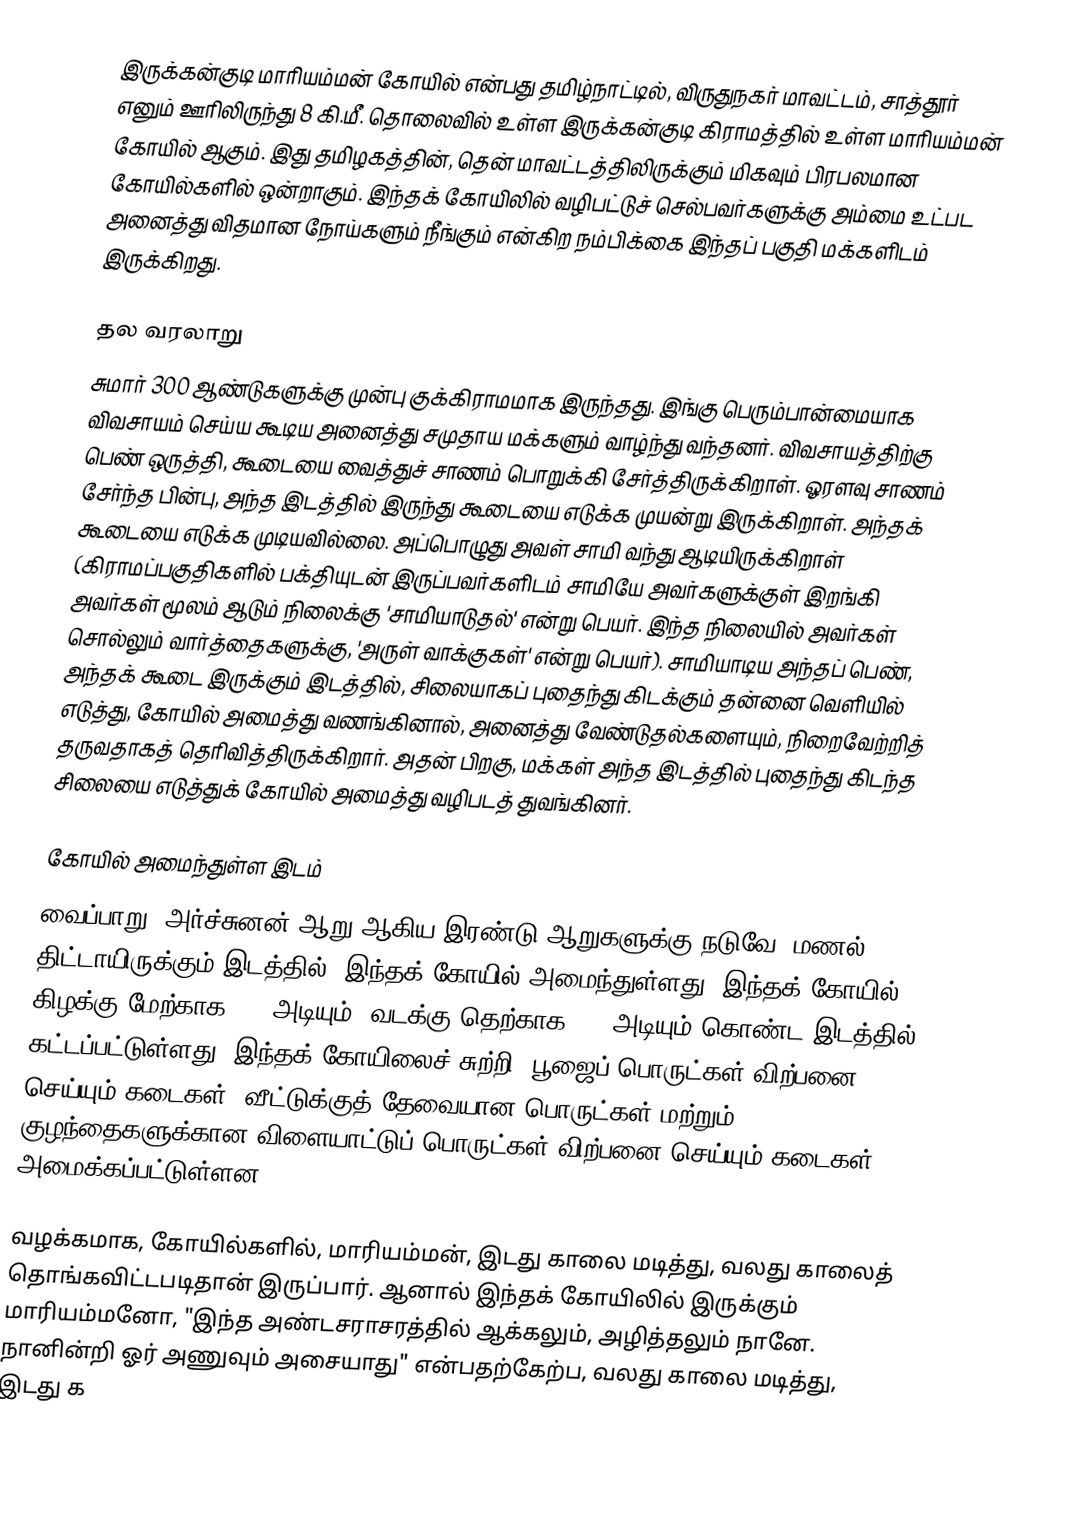
இருக்கன்குடி மாரியம்மன் கோயில் என்பது தமிழ்நாட்டில், விருதுநகர் மாவட்டம், சாத்தூர் எனும் ஊரிலிருந்து 8 கி.மீ. தொலைவில் உள்ள இருக்கன்குடி கிராமத்தில் உள்ள மாரியம்மன் கோயில் ஆகும். இது தமிழகத்தின், தென் மாவட்டத்திலிருக்கும் மிகவும் பிரபலமான கோயில்களில் ஒன்றாகும். இந்தக் கோயிலில் வழிபட்டுச் செல்பவர்களுக்கு அம்மை உட்பட அனைத்து விதமான நோய்களும் நீங்கும் என்கிற நம்பிக்கை இந்தப் பகுதி மக்களிடம் இருக்கிறது.

தல வரலாறு
சுமார் 300 ஆண்டுகளுக்கு முன்பு குக்கிராமமாக இருந்தது. இங்கு பெரும்பான்மையாக விவசாயம் செய்ய கூடிய அனைத்து சமுதாய மக்களும் வாழ்ந்து வந்தனர். விவசாயத்திற்கு பெண் ஒருத்தி, கூடையை வைத்துச் சாணம் பொறுக்கி சேர்த்திருக்கிறாள். ஓரளவு சாணம் சேர்ந்த பின்பு, அந்த இடத்தில் இருந்து கூடையை எடுக்க முயன்று இருக்கிறாள். அந்தக் கூடையை எடுக்க முடியவில்லை. அப்பொழுது அவள் சாமி வந்து ஆடியிருக்கிறாள் (கிராமப்பகுதிகளில் பக்தியுடன் இருப்பவர்களிடம் சாமியே அவர்களுக்குள் இறங்கி அவர்கள் மூலம் ஆடும் நிலைக்கு 'சாமியாடுதல்' என்று பெயர். இந்த நிலையில் அவர்கள் சொல்லும் வார்த்தைகளுக்கு, 'அருள் வாக்குகள்' என்று பெயர்). சாமியாடிய அந்தப் பெண், அந்தக் கூடை இருக்கும் இடத்தில், சிலையாகப் புதைந்து கிடக்கும் தன்னை வெளியில் எடுத்து, கோயில் அமைத்து வணங்கினால், அனைத்து வேண்டுதல்களையும், நிறைவேற்றித் தருவதாகத் தெரிவித்திருக்கிறார். அதன் பிறகு, மக்கள் அந்த இடத்தில் புதைந்து கிடந்த சிலையை எடுத்துக் கோயில் அமைத்து வழிபடத் துவங்கினர்.

கோயில் அமைந்துள்ள இடம்
வைப்பாறு, அர்ச்சுனன் ஆறு ஆகிய இரண்டு ஆறுகளுக்கு நடுவே, மணல் திட்டாயிருக்கும் இடத்தில், இந்தக் கோயில் அமைந்துள்ளது. இந்தக் கோயில் கிழக்கு மேற்காக 178 அடியும், வடக்கு தெற்காக 149 அடியும் கொண்ட இடத்தில் கட்டப்பட்டுள்ளது. இந்தக் கோயிலைச் சுற்றி, பூஜைப் பொருட்கள் விற்பனை செய்யும் கடைகள், வீட்டுக்குத் தேவையான பொருட்கள் மற்றும் குழந்தைகளுக்கான விளையாட்டுப் பொருட்கள் விற்பனை செய்யும் கடைகள் அமைக்கப்பட்டுள்ளன.

வழக்கமாக, கோயில்களில், மாரியம்மன், இடது காலை மடித்து, வலது காலைத் தொங்கவிட்டபடிதான் இருப்பார். ஆனால் இந்தக் கோயிலில் இருக்கும் மாரியம்மனோ, "இந்த அண்டசராசரத்தில் ஆக்கலும், அழித்தலும் நானே. நானின்றி ஓர் அணுவும் அசையாது" என்பதற்கேற்ப, வலது காலை மடித்து, இடது க